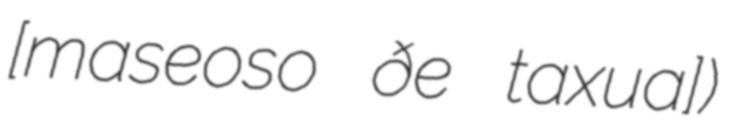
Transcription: [maseˈɣoso ðe taˈxuɲa])